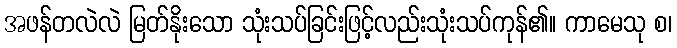
အဖန်တလဲလဲ မြတ်နိုးသော သုံးသပ်ခြင်းဖြင့်လည်းသုံးသပ်ကုန်၏။ ကာမေသု စ၊